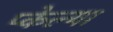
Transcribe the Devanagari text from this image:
प्केल्या